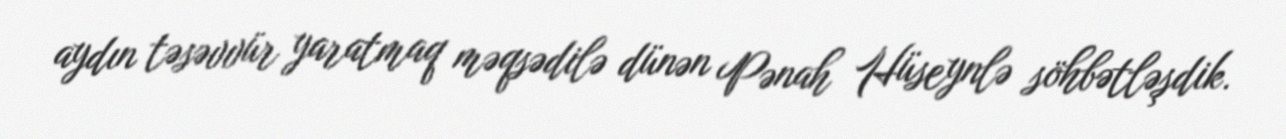
aydın təsəvvür yaratmaq məqsədilə dünən Pənah Hüseynlə söhbətləşdik.